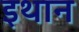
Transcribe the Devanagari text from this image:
इथान